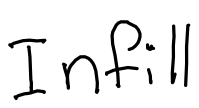
Text: Infill
Cross-out: clean
Writing tool: digital_black